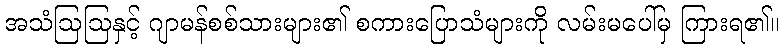
အသံဩဩနှင့် ဂျာမန်စစ်သားများ၏ စကားပြောသံများကို လမ်းမပေါ်မှ ကြားရ၏။